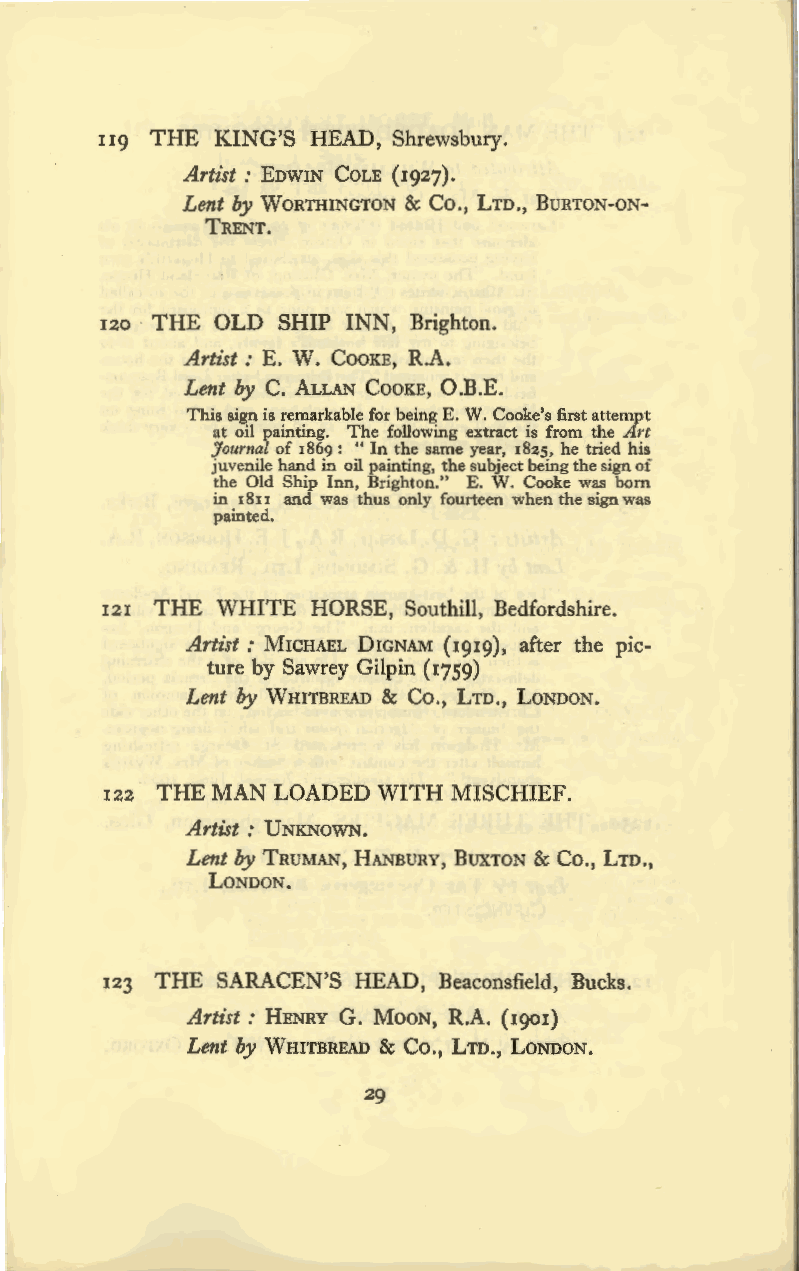
n9 THE KING'S HEAD, Shrewsbury.
 Artist : EDWIN COLE ( 1927).
 Lent by WORTHINGTON & Co., LTD., BuRTON-ON
 TRENT.
 120 · THE OLD SHIP INN, Brighton.
 Artist : E. W. CooKE, R.A.
 Lent by C. ALLAN COOKE, O.B.E.
 This sign is remarkable for being E.W. Cooke's first attempt
 at oil painting. The following extract is from the Art
 Journal of 1869: " In the same year, 1825, he tried his
 juvenile hand in oil painting, the subject being the sign of
 the Old Ship Inn, Brighton." E. W. Cooke was born
 in 18u and was thus only fourteen when the sign was
 painted.
 121 THE WHITE HORSE, Southill, Bedfordshire.
 Artist : MICHAEL DIGNAM (1919), after the pic
 ture by Sawrey Gilpin (1759)
 Lent by WHITBREAD & Co., LTD., LONDON.
 122 THE MAN LOADED WITH MISCHIEF.
 Artist : V NKNOWN.
 Lent by TRUMAN, HANBURY, BuxTON & Co., LTD.,
 LONDON.
 123 THE SARACEN'S HEAD, Beaconsfield, Bucks.
 Artist: HENRY G. MooN, R.A. (1901)
 Lent by WHITBREAD & Co., LTD., LONDON.
 29